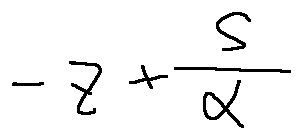
- z + \frac { S } { \alpha }